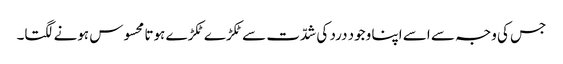
جس کی وجہ سے اسے اپنا وجود درد کی شدّت سے ٹکڑے ٹکڑے ہوتا محسوس ہونے لگتا۔